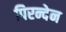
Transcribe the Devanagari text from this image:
पिरन्देन